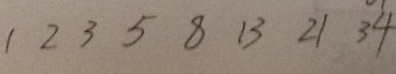
1 2 3 5 8 1 3 2 1 3 4